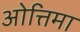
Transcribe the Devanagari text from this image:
ओत्तिमा